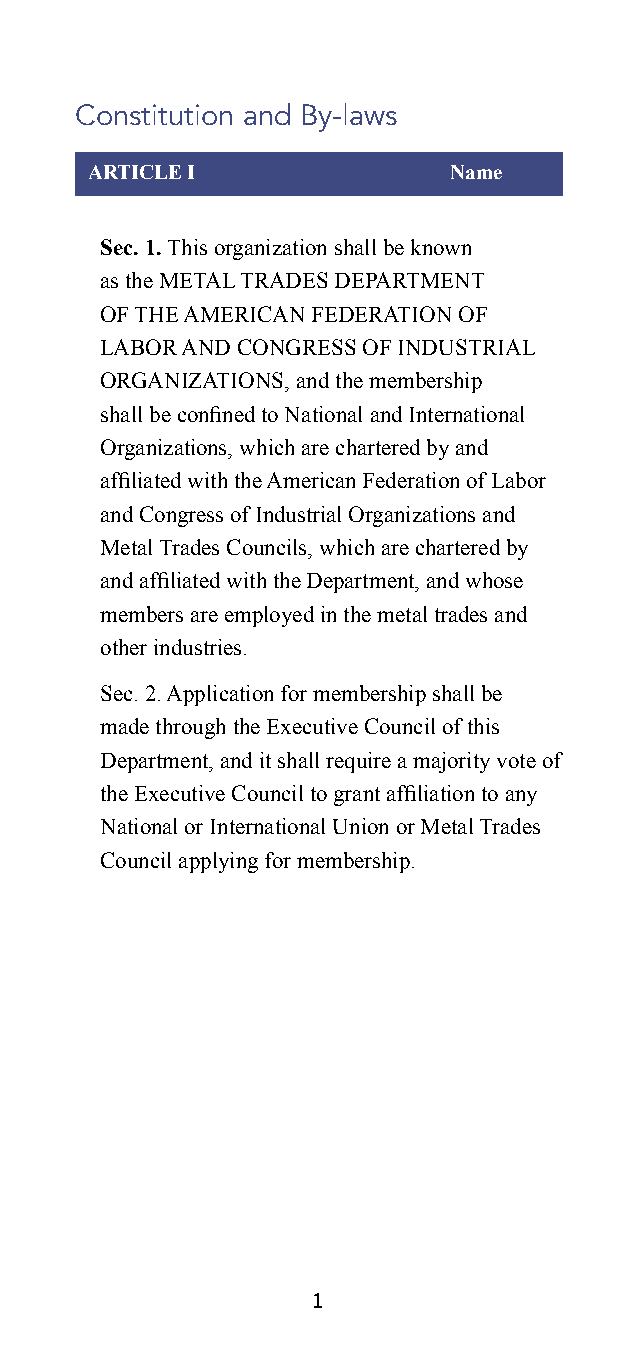
Constitution and By-laws
 ARTICLE I               Name
 Sec. 1. This organization shall be known
 as the METAL TRADES DEPARTMENT
 OF THE AMERICAN FEDERATION OF
 LABOR AND CONGRESS OF INDUSTRIAL
 ORGANIZATIONS, and the membership
 shall be confined to National and International
 Organizations, which are chartered by and
 affiliated with the American Federation of Labor
 and Congress of Industrial Organizations and
 Metal Trades Councils, which are chartered by
 and affiliated with the Department, and whose
 members are employed in the metal trades and
 other industries.
 Sec. 2. Application for membership shall be
 made through the Executive Council of this
 Department, and it shall require a majority vote of
 the Executive Council to grant affiliation to any
 National or International Union or Metal Trades
 Council applying for membership.
 1